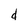
Character: d